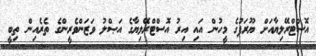
އޮސްޓްރޭލިޔާއަށް ޔޫރަޕުގެ މީހުން އައި އިރު އޮސްޓްރޭލިޔާގެ އަޞްލު ވަޒަންވެރީންގެ ތެރެއިން ތިބީ